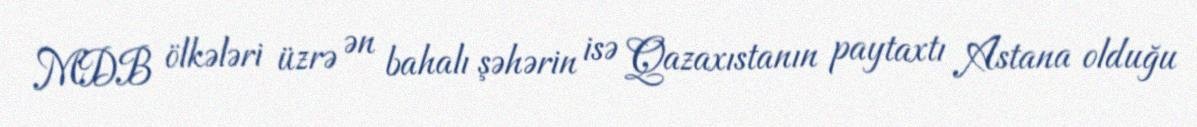
MDB ölkələri üzrə ən bahalı şəhərin isə Qazaxıstanın paytaxtı Astana olduğu